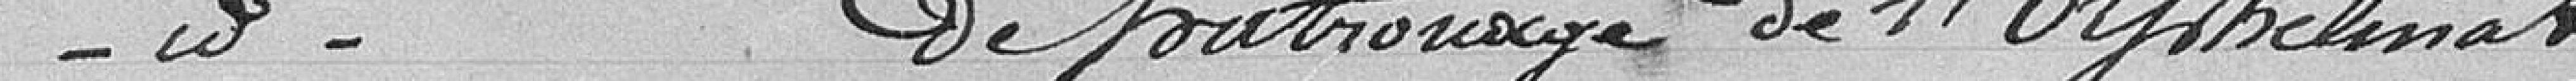
Nomination de la Commission de patronage de l'orphelinat